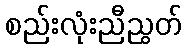
စည်းလုံးညီညွတ်